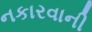
નકારવાની